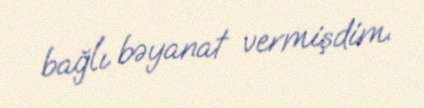
bağlı bəyanat vermişdim.